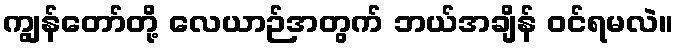
ကျွန်တော်တို့ လေယာဉ်အတွက် ဘယ်အချိန် ဝင်ရမလဲ။